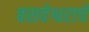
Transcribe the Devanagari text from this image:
बसवेश्वराचे